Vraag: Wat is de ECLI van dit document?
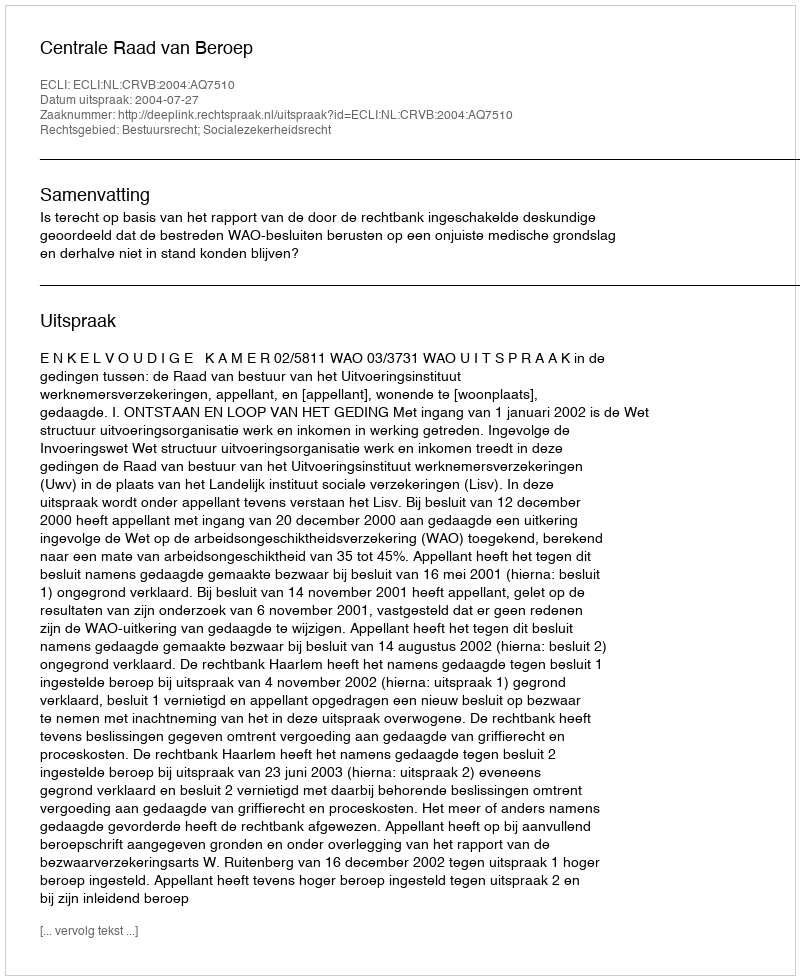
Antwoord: ECLI:NL:CRVB:2004:AQ7510